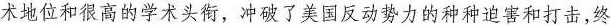
术地位和很高的学术头衔，冲破了美国反动势力的种种迫害和打击，终